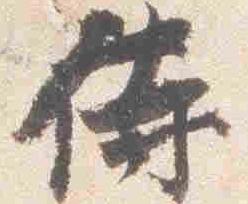
侍